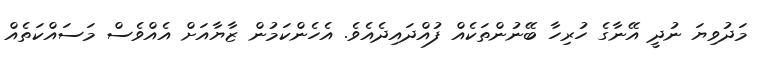
މަދުވިޔަ ނުދީ އޭނާގެ ހުރިހާ ބޭނުންތަކެއް ފުއްދައިދެއެވެ. އެހެންކަމުން ޒާޔާއަށް އެއްވެސް މަސައްކަތެއް